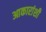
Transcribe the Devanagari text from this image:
आकारांशी